Report of the Lahore Medical School Hospital
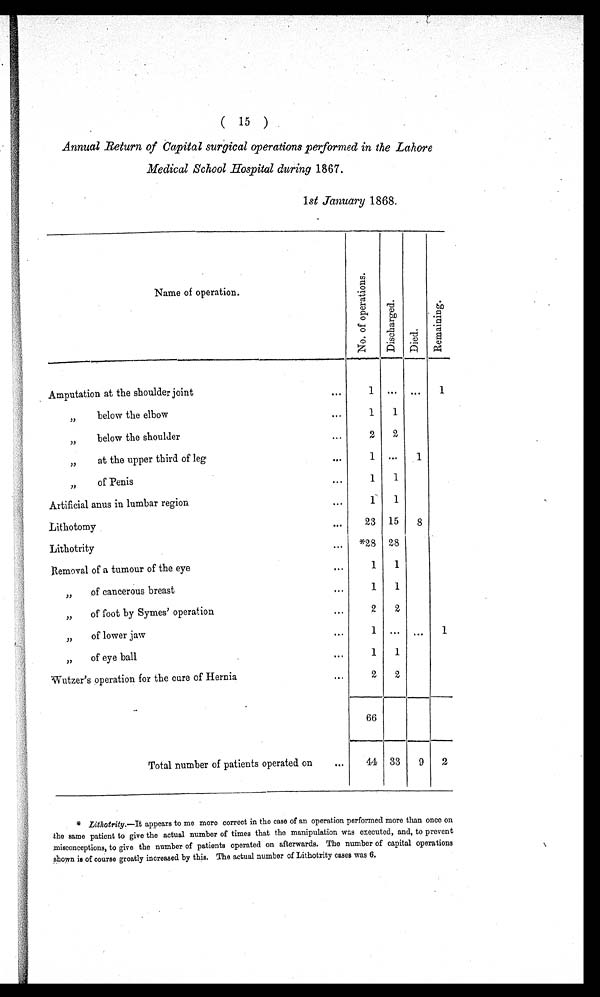
(15)
Annual Return of Capital surgical operations performed in the Lahore
Medical School Hospital during 1867.
1st January 1868.
Name of operation.
N o . o f o p e r a t i o n s .
D i s c h a r g e d .
D i e d .
R e m a i n i n g .
Amputation at the shoulder joint . . .
1
. . .
. . .
1
" below the elbow . . .
1
1
" b e l o w t h e s h o u l d e r . . .
2
2
" at the upper third of leg . . .
1
. . .
1
" of Penis . . .
1
1
Artificial anus in lumbar region . . .
1
1
L i t h o t o m y . . .
2 3
1 5
8
Lithotrity . . .
*28 28
Removal of a tumour of the eye . . .
1
1
" of cancerous breast . . .
1
1
" of foot by Symes' operation . . .
2
2
" of lower jaw . . .
1
. . .
. . .
1
" o f
e y e
b a l l . . .
1
1
W u t z e r ' s
o p e r a t i o n
f o r
t h e c u r e
o f
H e r n i a . . .
2
2
6 6
Total number of patients operated on . . .
44 33
9
2
* Lithotrity.—It appears to me more correct in the case of an operation performed more than once on
the same patient to give the actual number of times that the manipulation was executed, and, to prevent
misconceptions, to give the number of patients operated on afterwards. The number of capital operations
shown is of course greatly increased by this. The actual number of Lithotrity cases was 6.